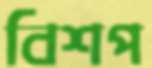
বিশপ